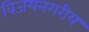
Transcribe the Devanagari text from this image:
विजयनगरीय